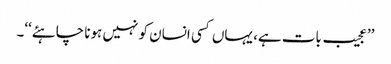
’’عجیب بات ہے، یہاں کسی انسان کو نہیں ہونا چاہئے‘‘۔